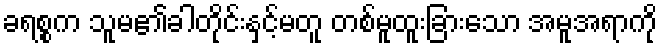
ခရစ္စက သူမ၏ခါတိုင်းနှင့်မတူ တစ်မူထူးခြားသော အမူအရာကို